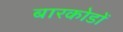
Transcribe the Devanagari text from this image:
बारकोडों